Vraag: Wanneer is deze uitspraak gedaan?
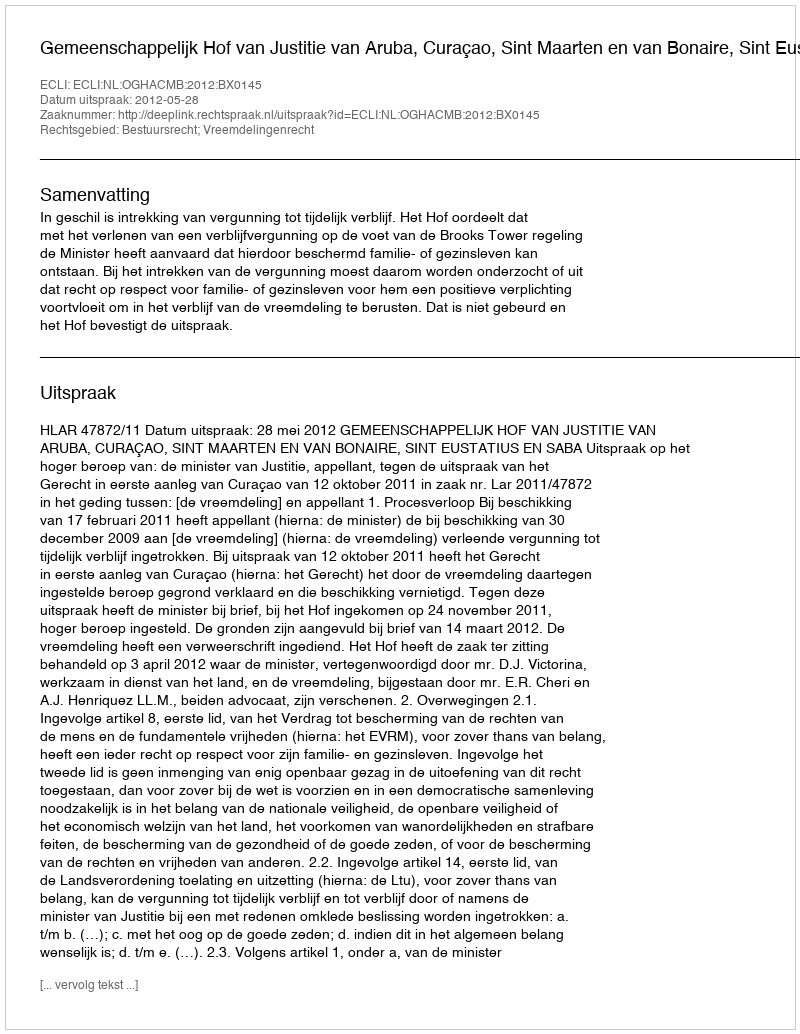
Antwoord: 2012-05-28